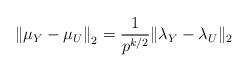
LaTeX: \begin{align*}\left\| \mu_Y - \mu_U \right\|_2& = \frac{1}{p^{k/2}} \| \lambda_Y - \lambda_U \|_2\end{align*}